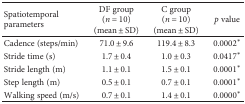
<table><thead><tr><td rowspan="2"><b>Spatiotemporal parameters</b></td><td><b>DF group(<i>n</i> = 10)</b></td><td><b>C group(<i>n</i> = 10)</b></td><td rowspan="2"><b><i>p</i> value</b></td></tr><tr><td><b>(mean ± SD)</b></td><td><b>(mean ± SD)</b></td></tr></thead><tbody><tr><td>Cadence (steps/min)</td><td>71.0 ± 9.6</td><td>119.4 ± 8.3</td><td>0.0002<sup>∗</sup></td></tr><tr><td>Stride time (s)</td><td>1.7 ± 0.4</td><td>1.0 ± 0.3</td><td>0.0417<sup>∗</sup></td></tr><tr><td>Stride length (m)</td><td>1.1 ± 0.1</td><td>1.5 ± 0.1</td><td>0.0001<sup>∗</sup></td></tr><tr><td>Step length (m)</td><td>0.5 ± 0.1</td><td>0.7 ± 0.1</td><td>0.0001<sup>∗</sup></td></tr><tr><td>Walking speed (m/s)</td><td>0.7 ± 0.1</td><td>1.4 ± 0.1</td><td>0.0000<sup>∗</sup></td></tr></tbody></table>